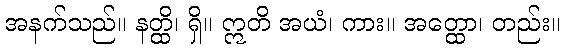
အနက်သည်။ နတ္ထိ၊ ရှိ။ ဣတိ အယံ၊ ကား။ အတ္ထော၊ တည်း။